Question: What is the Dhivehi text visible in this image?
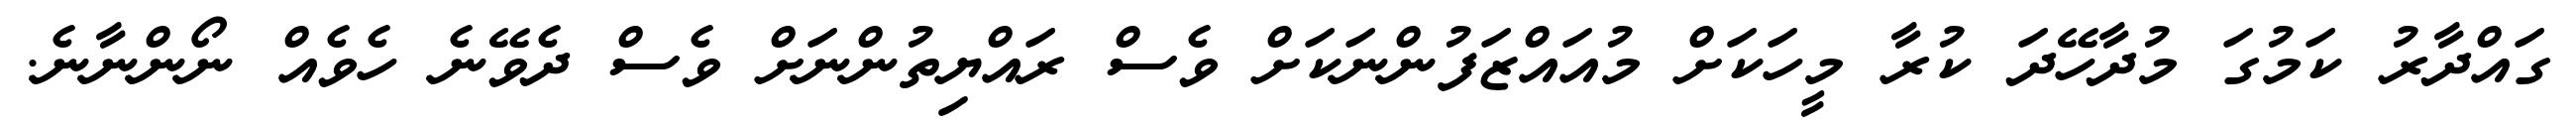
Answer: ގައްދާރު ކަމުގަ މުދާހޭދަ ކުރާ މީހަކަށް މުއައްޒަފުންނަކަށް ވެސް ރައްޔިތުންނަށް ވެސް ދެވޭނެ ހެވެއް ނޯންނާނެ.